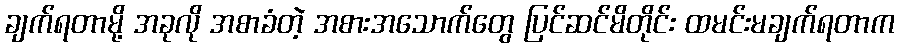
ချက်ရတာမို့ အခုလို အစာခံတဲ့ အစားအသောက်တွေ ပြင်ဆင်မိတိုင်း ထမင်းမချက်ရတာက